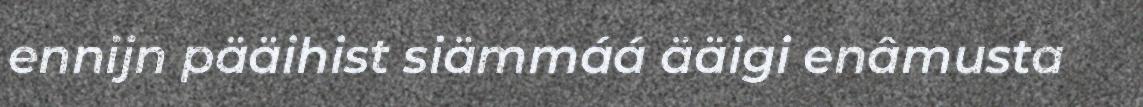
ennijn pääihist siämmáá ääigi enâmusta